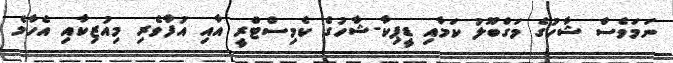
ނަމަވެސް ޝާހުގެ މަގްބޫލު ކަމާއި ޑީޕިކާ-ޝާހުގެ ކެމިސްޓްރީ އާއި އުފާވެރި މިއުޒިކާއި އެހާމެ